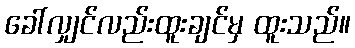
ခေါ်လျှင်လည်းထူးချင်မှ ထူးသည်။